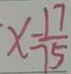
x - \frac { 1 7 } { 7 5 }